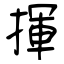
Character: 揮